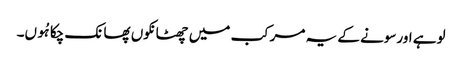
لوہے اورسونے کے یہ مرکب میں چھٹانکوں پھانک چکا ہُوں۔